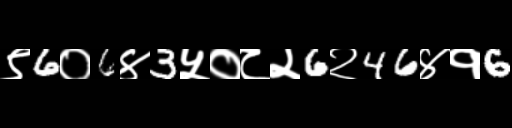
Text: ९6०6४3५०८२6२46४१6